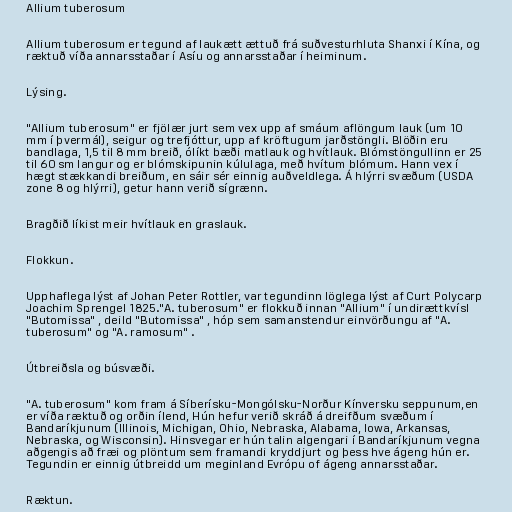
Allium tuberosum

Allium tuberosum er tegund af laukætt ættuð frá suðvesturhluta Shanxi í Kína, og
ræktuð víða annarsstaðar í Asíu og annarsstaðar í heiminum.

Lýsing.

"Allium tuberosum" er fjölær jurt sem vex upp af smáum aflöngum lauk (um 10
mm í þvermál), seigur og trefjóttur, upp af kröftugum jarðstöngli. Blöðin eru
bandlaga, 1,5 til 8 mm breið, ólíkt bæði matlauk og hvítlauk. Blómstöngullinn er 25
til 60 sm langur og er blómskipunin kúlulaga, með hvítum blómum. Hann vex í
hægt stækkandi breiðum, en sáir sér einnig auðveldlega. Á hlýrri svæðum (USDA
zone 8 og hlýrri), getur hann verið sígrænn.

Bragðið líkist meir hvítlauk en graslauk.

Flokkun.

Upphaflega lýst af Johan Peter Rottler, var tegundinn löglega lýst af Curt Polycarp
Joachim Sprengel 1825."A. tuberosum" er flokkuð innan "Allium" í undirættkvísl
"Butomissa" , deild "Butomissa" , hóp sem samanstendur einvörðungu af "A.
tuberosum" og "A. ramosum" .

Útbreiðsla og búsvæði.

"A. tuberosum" kom fram á Síberísku-Mongólsku-Norður Kínversku seppunum,en
er víða ræktuð og orðin ílend, Hún hefur verið skráð á dreifðum svæðum í
Bandaríkjunum (Illinois, Michigan, Ohio, Nebraska, Alabama, Iowa, Arkansas,
Nebraska, og Wisconsin). Hinsvegar er hún talin algengari í Bandaríkjunum vegna
aðgengis að fræi og plöntum sem framandi kryddjurt og þess hve ágeng hún er.
Tegundin er einnig útbreidd um meginland Evrópu of ágeng annarsstaðar.

Ræktun.